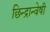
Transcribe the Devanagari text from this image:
छिन्‍द्रान्‍वेषी